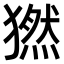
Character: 𤡮